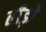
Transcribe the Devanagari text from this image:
तीड़ो